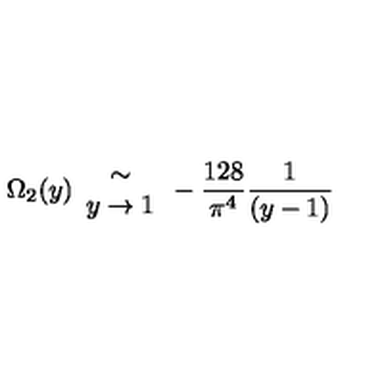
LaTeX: \Omega _ { 2 } ( y ) \begin{array} { c } { \sim } \\ { y \rightarrow 1 } \\ \end{array} - \frac { 1 2 8 } { \pi ^ { 4 } } \frac { 1 } { ( y - 1 ) }